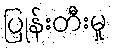
ပြုန်းတီးမှု